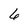
Character: 6